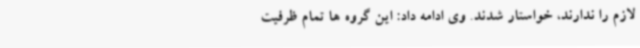
لازم را ندارند، خواستار شدند. وی ادامه داد: این گروه ها تمام ظرفیت